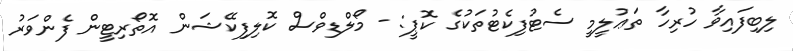
ލިބިފައިވާ ހުރިހާ ތަޢުލީމީ ސެޓުފިކެޓުތަކުގެ ކޮޕީ: - މޯލްޑިވްސް ކޮލިފިކޭޝަން އޮތޯރިޓީން ފެންވަރު